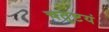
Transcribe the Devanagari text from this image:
चतुष्टयं